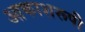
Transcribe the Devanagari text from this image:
आकाशरूपी